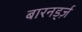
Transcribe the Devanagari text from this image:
बारनर्ड्ज़